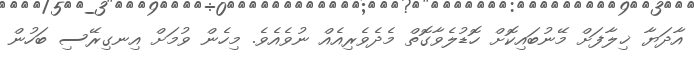
އާދަޔާ ޚިލާފަށް މޭނުބައިކޮށް ހޮޑުލެވާގޮތް މެދެވެރިއެއް ނުވެއެވެ. މިހެން ވުމަށް އިނގިރޭސި ބަހުން